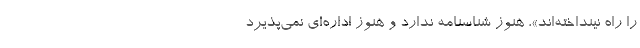
را راه نينداخته‌اند»، هنوز شناسنامه ندارد و هنوز اداره‌اي نمي‌پذيرد